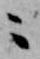
ニ